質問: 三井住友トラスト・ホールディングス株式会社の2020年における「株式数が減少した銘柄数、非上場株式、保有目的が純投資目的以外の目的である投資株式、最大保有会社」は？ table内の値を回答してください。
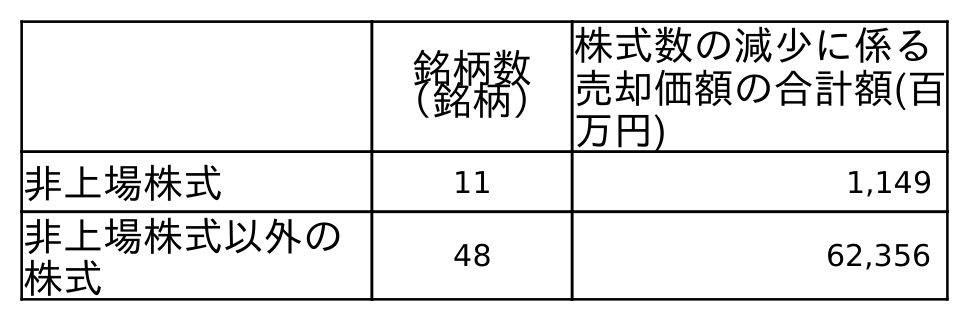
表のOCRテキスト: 銘柄数 （銘柄） 株式数の減少に係る 売却価額の合計額(百 万円) 非上場株式 11 1,149 非上場株式以外の 株式 48 62,356
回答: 11